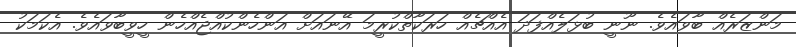
މަންޒަރެއް ބާވައެވެ. ނޫނީ ބުޅަލެއްފަދަ އެއްޗެއް ހަރަކާތްކުރީމަ އޭނައަށް އަންހެންކުއްޖެއްހެން ހީވީބާވައެވެ. އެކަމަކު